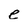
Character: e